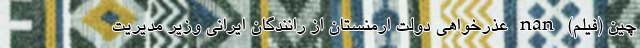
چین (فیلم) nan عذرخواهی دولت ارمنستان از رانندگان ایرانی وزیر مدیریت